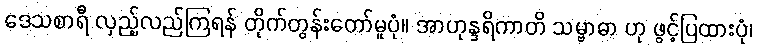
ဒေသစာရီ လှည့်လည်ကြရန် တိုက်တွန်းတော်မူပုံ။ အာဟုန္ဒရိကာတိ သမ္ဗာဓာ ဟု ဖွင့်ပြထားပုံ၊